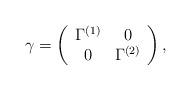
LaTeX: \begin{align*}\gamma = \left( \begin{array}{cc} \Gamma^{(1)} & 0 \\ 0 & \Gamma^{(2)} \end{array} \right),\end{align*}